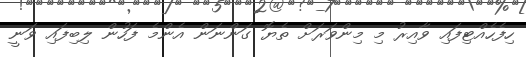
ހިފެހެއްޓިފައި ވާއިރު މި މިންވަރަށް ތެޔޮ ގަންނަން އެންމެ ފަހުން ލިބިފައި ވަނީ